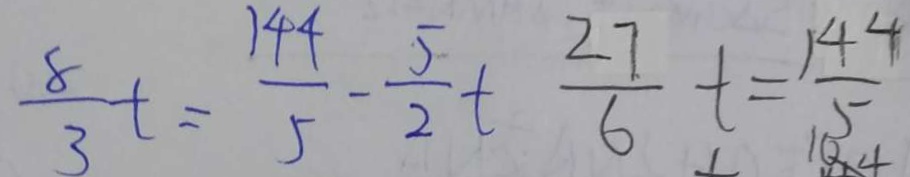
\frac { 8 } { 3 } t = \frac { 1 4 4 } { 5 } - \frac { 5 } { 2 } t \frac { 2 7 } { 6 } t = \frac { 1 4 4 } { 5 }